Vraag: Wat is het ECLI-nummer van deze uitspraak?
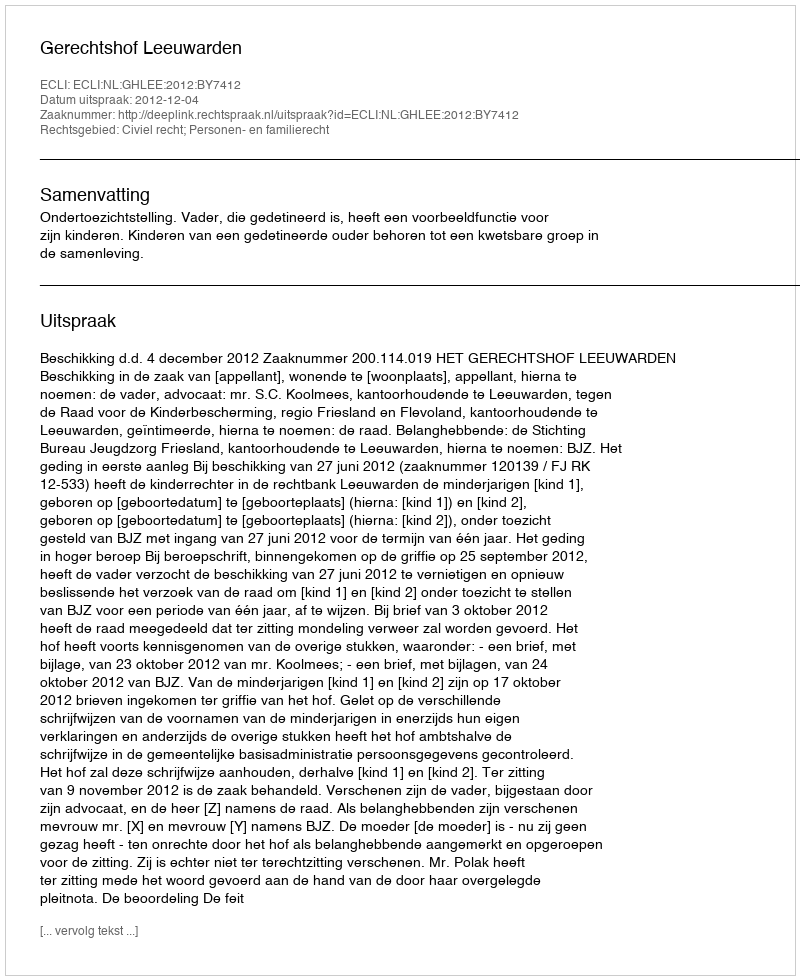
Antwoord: ECLI:NL:GHLEE:2012:BY7412